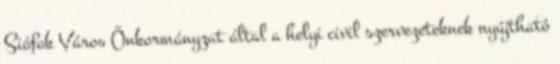
Siófok Város Önkormányzat által a helyi civil szervezeteknek nyújtható